Cholera in India, 1862 to 1881
Year: 1862
Disease focus: Cholera
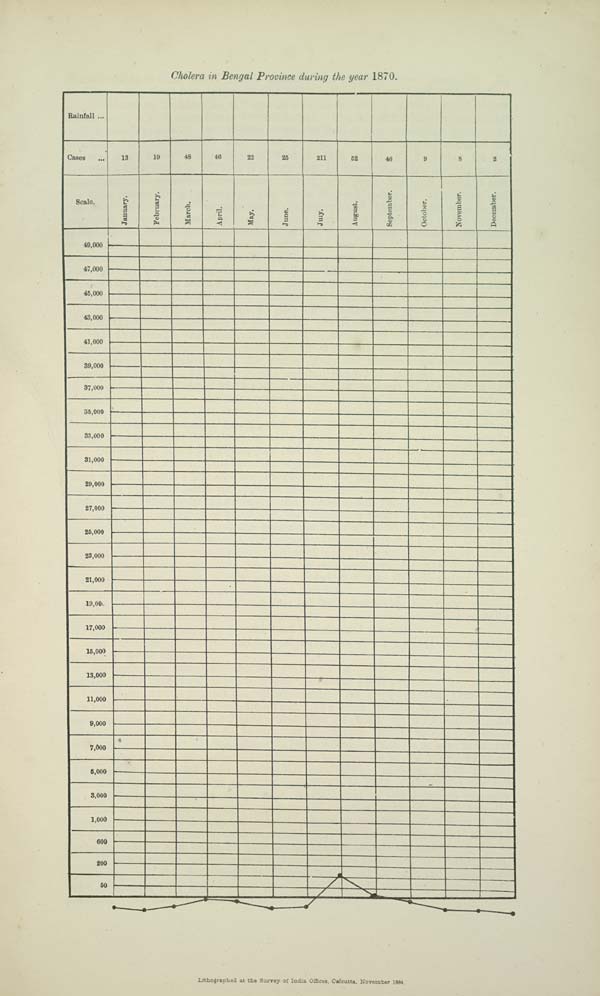
Cholera in Bengal Province during the year 1870.
Lithographed at the Survey of India Offices, Calcutta, November 1884.